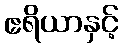
ဧရိယာနှင့်